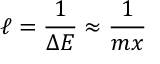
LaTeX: \ell = \frac { 1 } { \Delta E } \approx \frac { 1 } { m x }